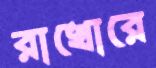
রাখোরে